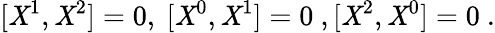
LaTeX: [\mathit{X}^{1},\mathit{X}^{2}]=0,\ [\mathit{X}^{0},\mathit{X}^{1}]=0\ ,[\mathit{X}^{2},\mathit{X}^{0}]=0\ .